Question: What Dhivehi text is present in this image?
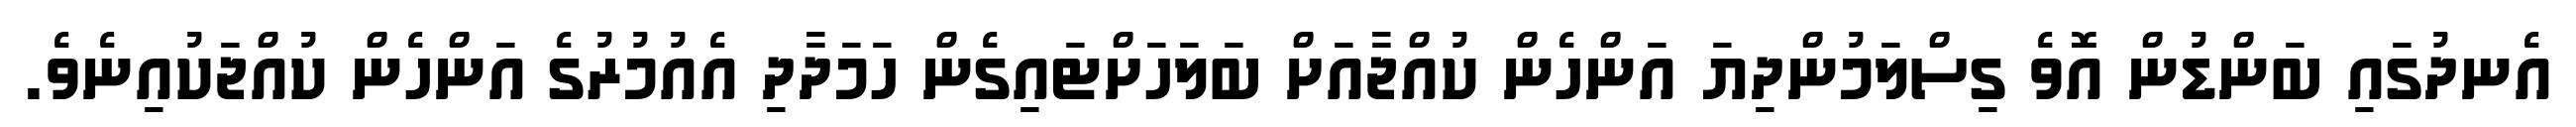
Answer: އެނދުގައި ބަންޑުން އޮވެ ގިސްލަމުންދިޔަ އަންހެން ކުއްޖާއަށް ބަލަހަށްޓައިގެން ހަމަދާދި އެއުމުރުގެ އަންހެން ކުއްޖަކުއިނެވެ.